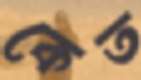
কেত